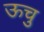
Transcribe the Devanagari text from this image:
ऊचु